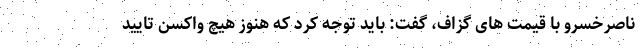
ناصرخسرو با قیمت های گزاف، گفت: باید توجه کرد که هنوز هیچ واکسن تایید